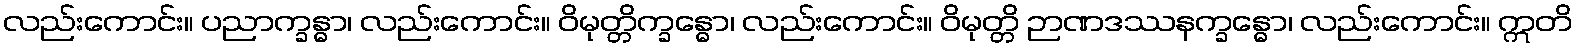
လည်းကောင်း။ ပညာက္ခန္ဓာ၊ လည်းကောင်း။ ဝိမုတ္တိက္ခန္ဓော၊ လည်းကောင်း။ ဝိမုတ္တိ ဉာဏဒဿနက္ခန္ဓော၊ လည်းကောင်း။ ဣတိ